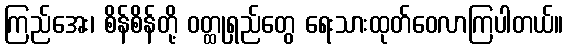
ကြည်အေး၊ စိန်စိန်တို့ ဝတ္ထုရှည်တွေ ရေးသားထုတ်ဝေလာကြပါတယ်။